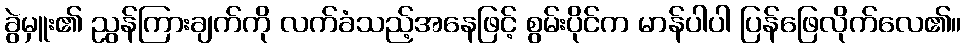
ခွဲမှူး၏ ညွန်ကြားချက်ကို လက်ခံသည့်အနေဖြင့် စွမ်းပိုင်က မာန်ပါပါ ပြန်ဖြေလိုက်လေ၏။